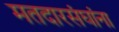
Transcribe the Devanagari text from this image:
मतदारसंघांना